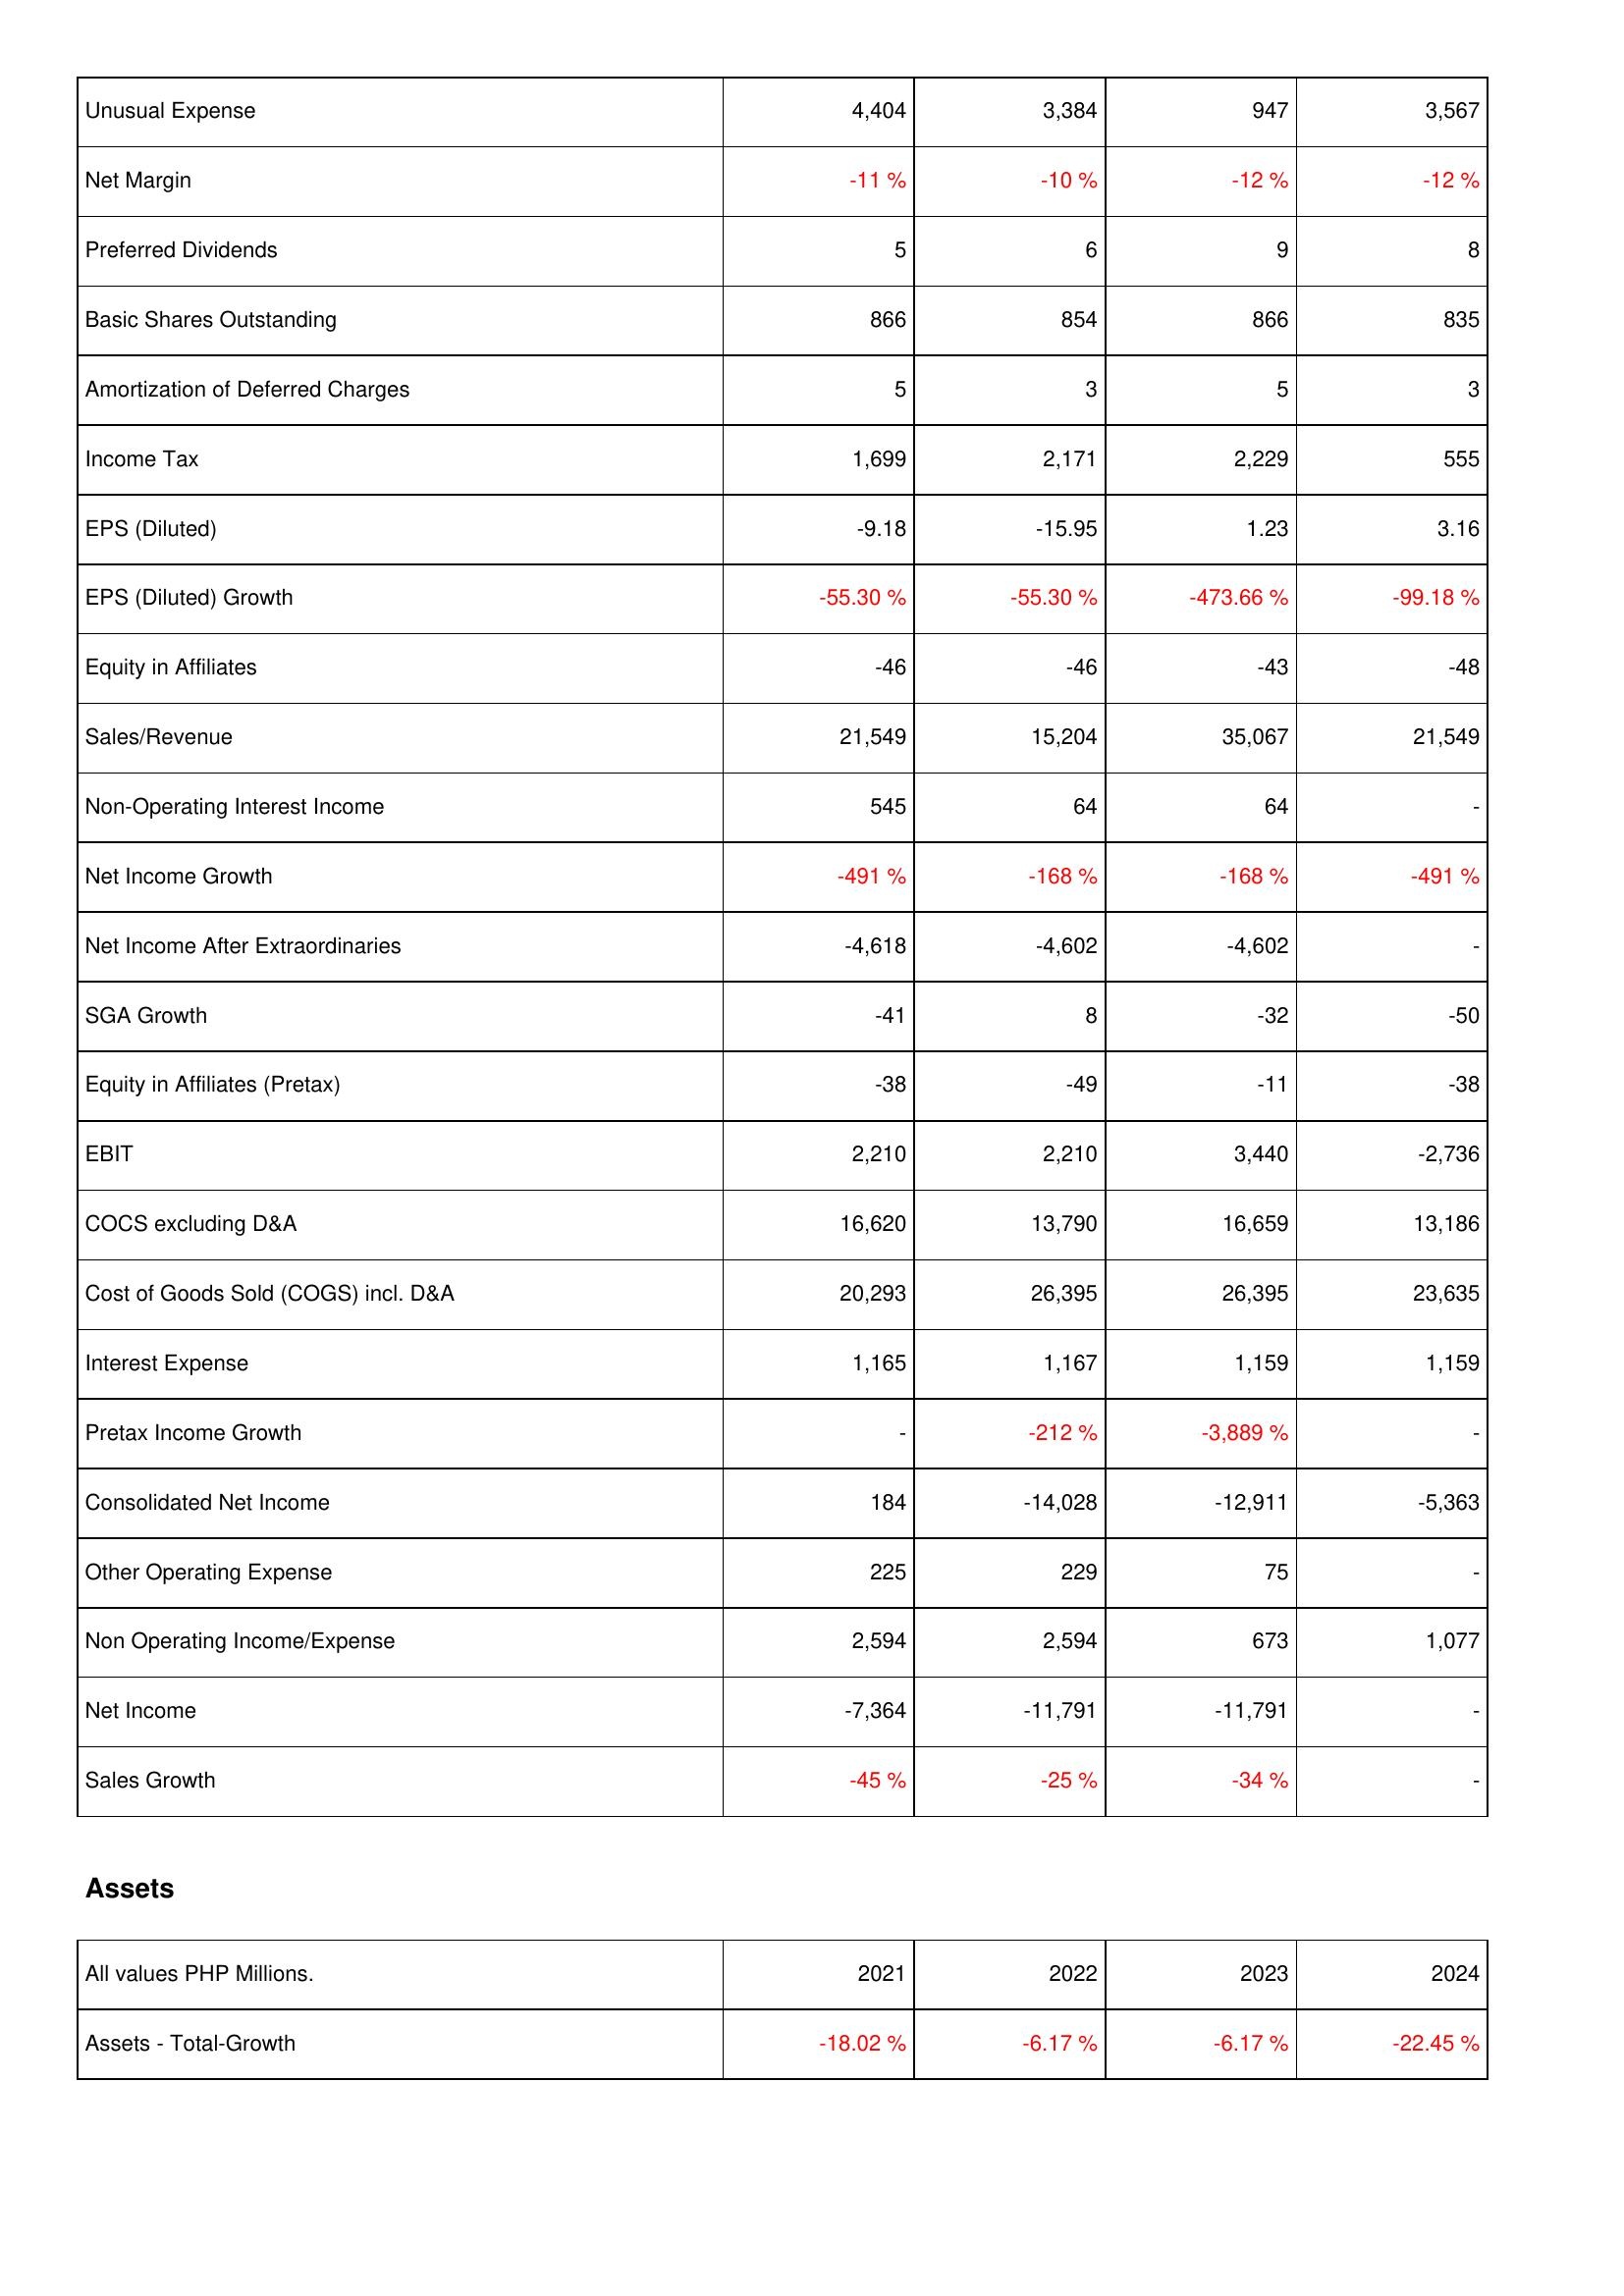
2021: Income Statement: Unusual Expense: 4,404
Net Margin: -11 %
Preferred Dividends: 5
Basic Shares Outstanding: 866
Amortization of Deferred Charges: 5
Income Tax: 1,699
EPS (Diluted): -9.18
EPS (Diluted) Growth: -55.30 %
Equity in Affiliates: -46
Sales/Revenue: 21,549
Non-Operating Interest Income: 545
Net Income Growth: -491 %
Net Income After Extraordinaries: -4,618
SGA Growth: -41
Equity in Affiliates (Pretax): -38
EBIT: 2,210
COCS excluding D&A: 16,620
Cost of Goods Sold (COGS) incl. D&A: 20,293
Interest Expense: 1,165
Pretax Income Growth: -
Consolidated Net Income: 184
Other Operating Expense: 225
Non Operating Income/Expense: 2,594
Net Income: -7,364
Sales Growth: -45 %
Assets: Assets - Total-Growth: -18.02 %
2022: Income Statement: Unusual Expense: 3,384
Net Margin: -10 %
Preferred Dividends: 6
Basic Shares Outstanding: 854
Amortization of Deferred Charges: 3
Income Tax: 2,171
EPS (Diluted): -15.95
EPS (Diluted) Growth: -55.30 %
Equity in Affiliates: -46
Sales/Revenue: 15,204
Non-Operating Interest Income: 64
Net Income Growth: -168 %
Net Income After Extraordinaries: -4,602
SGA Growth: 8
Equity in Affiliates (Pretax): -49
EBIT: 2,210
COCS excluding D&A: 13,790
Cost of Goods Sold (COGS) incl. D&A: 26,395
Interest Expense: 1,167
Pretax Income Growth: -212 %
Consolidated Net Income: -14,028
Other Operating Expense: 229
Non Operating Income/Expense: 2,594
Net Income: -11,791
Sales Growth: -25 %
Assets: Assets - Total-Growth: -6.17 %
2023: Income Statement: Unusual Expense: 947
Net Margin: -12 %
Preferred Dividends: 9
Basic Shares Outstanding: 866
Amortization of Deferred Charges: 5
Income Tax: 2,229
EPS (Diluted): 1.23
EPS (Diluted) Growth: -473.66 %
Equity in Affiliates: -43
Sales/Revenue: 35,067
Non-Operating Interest Income: 64
Net Income Growth: -168 %
Net Income After Extraordinaries: -4,602
SGA Growth: -32
Equity in Affiliates (Pretax): -11
EBIT: 3,440
COCS excluding D&A: 16,659
Cost of Goods Sold (COGS) incl. D&A: 26,395
Interest Expense: 1,159
Pretax Income Growth: -3,889 %
Consolidated Net Income: -12,911
Other Operating Expense: 75
Non Operating Income/Expense: 673
Net Income: -11,791
Sales Growth: -34 %
Assets: Assets - Total-Growth: -6.17 %
2024: Income Statement: Unusual Expense: 3,567
Net Margin: -12 %
Preferred Dividends: 8
Basic Shares Outstanding: 835
Amortization of Deferred Charges: 3
Income Tax: 555
EPS (Diluted): 3.16
EPS (Diluted) Growth: -99.18 %
Equity in Affiliates: -48
Sales/Revenue: 21,549
Non-Operating Interest Income: -
Net Income Growth: -491 %
Net Income After Extraordinaries: -
SGA Growth: -50
Equity in Affiliates (Pretax): -38
EBIT: -2,736
COCS excluding D&A: 13,186
Cost of Goods Sold (COGS) incl. D&A: 23,635
Interest Expense: 1,159
Pretax Income Growth: -
Consolidated Net Income: -5,363
Other Operating Expense: -
Non Operating Income/Expense: 1,077
Net Income: -
Sales Growth: -
Assets: Assets - Total-Growth: -22.45 %